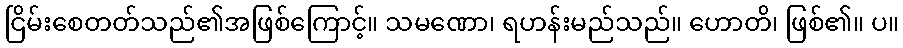
ငြိမ်းစေတတ်သည်၏အဖြစ်ကြောင့်။ သမဏော၊ ရဟန်းမည်သည်။ ဟောတိ၊ ဖြစ်၏။ ပ။